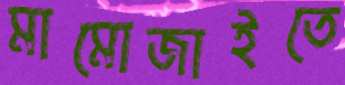
মামোজাইতে